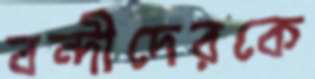
বন্দীদেরকে